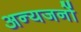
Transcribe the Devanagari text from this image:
अन्यजनों